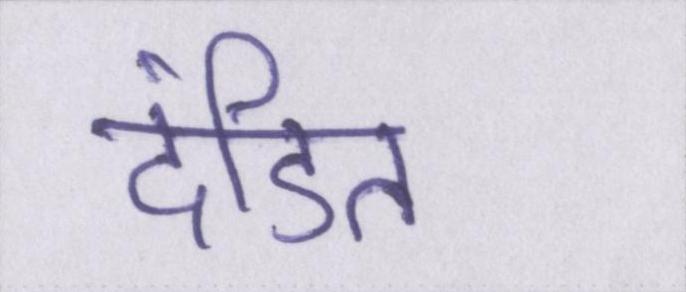
दंडित